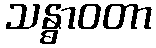
သန္ဓာဝတာ